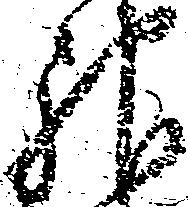
神